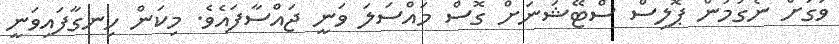
ވަގަށް ނެގުމުން ޕޮލިސް ސްޓޭޝަނަށް ގޮސް މައްސަލަ ވަނީ ޖައްސާފައެވެ. މިކަން ހިނގާފައިވަނީ